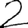
Digit: 2